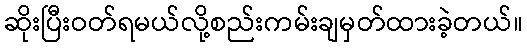
ဆိုးပြီးဝတ်ရမယ်လို့စည်းကမ်းချမှတ်ထားခဲ့တယ်။